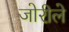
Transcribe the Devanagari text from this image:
जोरीले